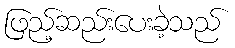
ဖြည့်ဆည်းပေးခဲ့သည်